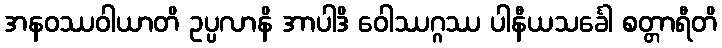
အနဝဿဝါယာတိ ဥပ္ပလာနိ အာပါဒိ ဝေါဿဂ္ဂဿ ပါနီယသင်္ခေါ စတ္တာရီတိ